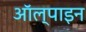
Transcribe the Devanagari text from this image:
ऑल्पाइन